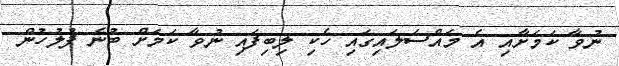
ނުވާ ކަމަށާއި އެ މައްސަލައިގައި ހެކި ލިބިފައި ނުވާ ކަމަށް ބުނެ ފުލުހުން